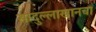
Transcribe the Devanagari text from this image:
सादुल्लाखानचा